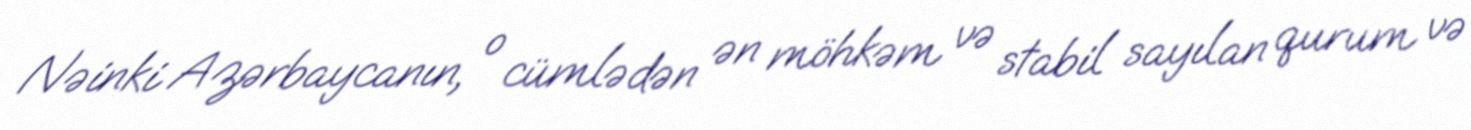
Nəinki Azərbaycanın, o cümlədən ən möhkəm və stabil sayılan qurum və